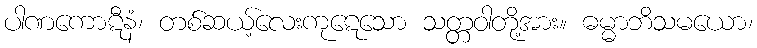
ပါဏကောဋီနံ၊ တစ်ဆယ့်လေးကုဋေသော သတ္တဝါတို့အား။ ဓမ္မာဘိသမယော၊